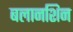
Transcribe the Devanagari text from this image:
बलानशिन